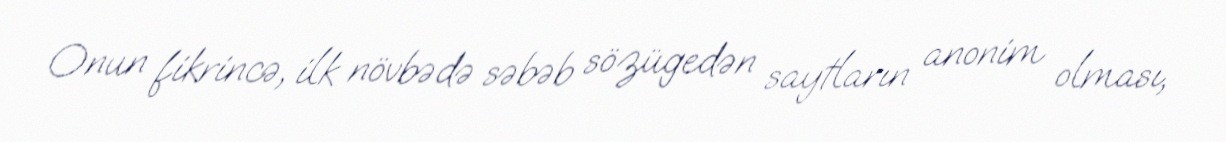
Onun fikrincə, ilk növbədə səbəb sözügedən saytların anonim olması,